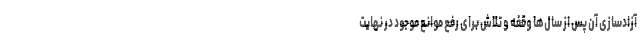
آزادسازی آن پس از سال‌ها وقفه و تلاش برای رفع موانع موجود در نهایت